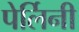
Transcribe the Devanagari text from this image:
पेर्लिनी